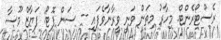
ރެސްޓޯރެންޓް. މިހާރު މިތަން ވަނީ ވީރާނާވެފައި -- ސަން ފޮޓޯ: ފަޔާޒް މޫސާ